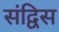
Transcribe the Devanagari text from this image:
संद्विस